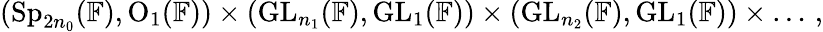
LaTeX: \begin{array}{r}{(\mathrm{Sp}_{2n_{0}}(\mathbb{F}),\mathrm{O}_{1}(\mathbb{F}))\times(\mathrm{GL}_{n_{1}}(\mathbb{F}),\mathrm{GL}_{1}(\mathbb{F}))\times(\mathrm{GL}_{n_{2}}(\mathbb{F}),\mathrm{GL}_{1}(\mathbb{F}))\times\ldots\, ,}\end{array}